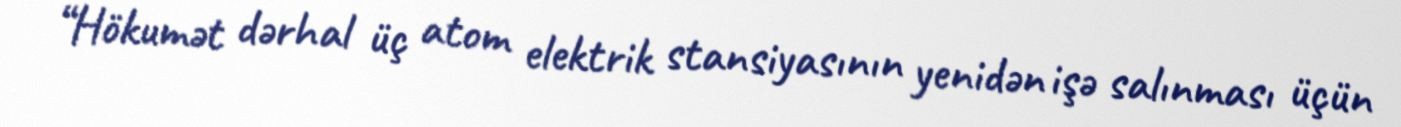
“Hökumət dərhal üç atom elektrik stansiyasının yenidən işə salınması üçün